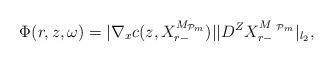
LaTeX: \begin{align*}{\Phi}(r,z,\omega)=\vert\nabla_x{c}(z,{X}^{M_{{\mathcal{P}}_m}}_{r-})\vert\vert D^Z{X}^{M_{ {\ \mathcal{P}}_m}}_{r-}\vert_{l_2},\end{align*}